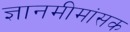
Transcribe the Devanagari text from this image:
ज्ञानमीमांसक